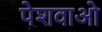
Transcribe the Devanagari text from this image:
पेशवाओ